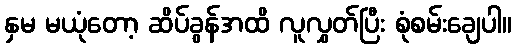
နှမ မယုံတော့ ဆိပ်ခွန်အထိ လူလွှတ်ပြီး စုံစမ်းချေပါ။